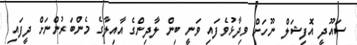
ސައޫދީ އޮފިޝަލް ނޫހަށް ވިދާޅުވެފައި ވަނީ ބިން ލާދިންގެ އާއިލާގެ މެންބަރުންނަށް ދީފައި